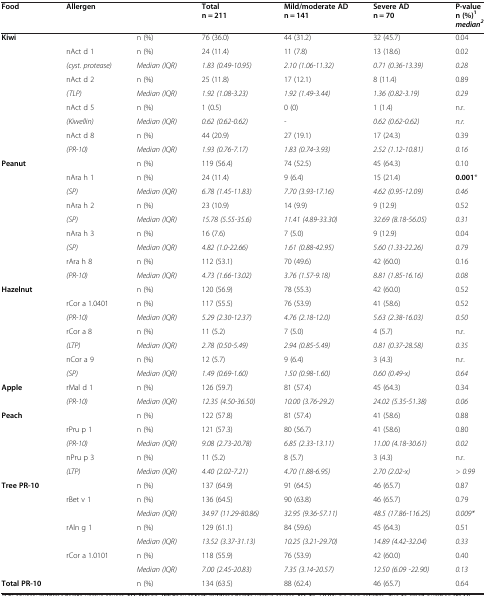
<table><thead><tr><td><b>Food</b></td><td><b>Allergen</b></td><td><b> </b></td><td><b>Total n = 211</b></td><td><b>Mild/moderate AD n = 141</b></td><td><b>Severe AD n = 70</b></td><td><b>P-value n (%)<sup>1 </sup><i>median</i><sup><i>2</i></sup></b></td></tr></thead><tbody><tr><td><b>Kiwi</b></td><td> </td><td>n (%)</td><td>76 (36.0)</td><td>44 (31.2)</td><td>32 (45.7)</td><td>0.04</td></tr><tr><td rowspan="2"> </td><td>nAct d 1</td><td>n (%)</td><td>24 (11.4)</td><td>11 (7.8)</td><td>13 (18.6)</td><td>0.02</td></tr><tr><td><i>(cyst. protease)</i></td><td><i>Median (IQR)</i></td><td><i>1.83 (0.49-10.95)</i></td><td><i>2.10 (1.06-11.32)</i></td><td><i>0.71 (0.36-13.39)</i></td><td><i>0.28</i></td></tr><tr><td rowspan="2"> </td><td>nAct d 2</td><td>n (%)</td><td>25 (11.8)</td><td>17 (12.1)</td><td>8 (11.4)</td><td>0.89</td></tr><tr><td><i>(TLP)</i></td><td><i>Median (IQR)</i></td><td><i>1.92 (1.08-3.23)</i></td><td><i>1.92 (1.49-3.44)</i></td><td><i>1.36 (0.82-3.19)</i></td><td><i>0.29</i></td></tr><tr><td rowspan="2"> </td><td>nAct d 5</td><td>n (%)</td><td>1 (0.5)</td><td>0 (0)</td><td>1 (1.4)</td><td>n.r.</td></tr><tr><td><i>(Kiwellin)</i></td><td><i>Median (IQR)</i></td><td><i>0.62 (0.62-0.62)</i></td><td><i>-</i></td><td><i>0.62 (0.62-0.62)</i></td><td><i>n.r.</i></td></tr><tr><td rowspan="2"> </td><td>nAct d 8</td><td>n (%)</td><td>44 (20.9)</td><td>27 (19.1)</td><td>17 (24.3)</td><td>0.39</td></tr><tr><td><i>(PR-10)</i></td><td><i>Median (IQR)</i></td><td><i>1.93 (0.76-7.17)</i></td><td><i>1.83 (0.74-3.93)</i></td><td><i>2.52 (1.12-10.81)</i></td><td><i>0.16</i></td></tr><tr><td><b>Peanut</b></td><td> </td><td>n (%)</td><td>119 (56.4)</td><td>74 (52.5)</td><td>45 (64.3)</td><td>0.10</td></tr><tr><td rowspan="2"> </td><td>nAra h 1</td><td>n (%)</td><td>24 (11.4)</td><td>9 (6.4)</td><td>15 (21.4)</td><td><b>0.001</b>*</td></tr><tr><td><i>(SP)</i></td><td><i>Median (IQR)</i></td><td><i>6.78 (1.45-11.83)</i></td><td><i>7.70 (3.93-17.16)</i></td><td><i>4.62 (0.95-12.09)</i></td><td><i>0.46</i></td></tr><tr><td rowspan="2"> </td><td>nAra h 2</td><td>n (%)</td><td>23 (10.9)</td><td>14 (9.9)</td><td>9 (12.9)</td><td>0.52</td></tr><tr><td><i>(SP)</i></td><td><i>Median (IQR)</i></td><td><i>15.78 (5.55-35.6)</i></td><td><i>11.41 (4.89-33.30)</i></td><td><i>32.69 (8.18-56.05)</i></td><td><i>0.31</i></td></tr><tr><td rowspan="2"> </td><td>nAra h 3</td><td>n (%)</td><td>16 (7.6)</td><td>7 (5.0)</td><td>9 (12.9)</td><td>0.04</td></tr><tr><td><i>(SP)</i></td><td><i>Median (IQR)</i></td><td><i>4.82 (1.0-22.66)</i></td><td><i>1.61 (0.88-42.95)</i></td><td><i>5.60 (1.33-22.26)</i></td><td><i>0.79</i></td></tr><tr><td rowspan="2"> </td><td>rAra h 8</td><td>n (%)</td><td>112 (53.1)</td><td>70 (49.6)</td><td>42 (60.0)</td><td>0.16</td></tr><tr><td><i>(PR-10)</i></td><td><i>Median (IQR)</i></td><td><i>4.73 (1.66-13.02)</i></td><td><i>3.76 (1.57-9.18)</i></td><td><i>8.81 (1.85-16.16)</i></td><td><i>0.08</i></td></tr><tr><td><b>Hazelnut</b></td><td> </td><td>n (%)</td><td>120 (56.9)</td><td>78 (55.3)</td><td>42 (60.0)</td><td>0.52</td></tr><tr><td rowspan="2"> </td><td>rCor a 1.0401</td><td>n (%)</td><td>117 (55.5)</td><td>76 (53.9)</td><td>41 (58.6)</td><td>0.52</td></tr><tr><td><i>(PR-10)</i></td><td><i>Median (IQR)</i></td><td><i>5.29 (2.30-12.37)</i></td><td><i>4.76 (2.18-12.0)</i></td><td><i>5.63 (2.38-16.03)</i></td><td><i>0.50</i></td></tr><tr><td rowspan="2"> </td><td>rCor a 8</td><td>n (%)</td><td>11 (5.2)</td><td>7 (5.0)</td><td>4 (5.7)</td><td>n.r.</td></tr><tr><td><i>(LTP)</i></td><td><i>Median (IQR)</i></td><td><i>2.78 (0.50-5.49)</i></td><td><i>2.94 (0.85-5.49)</i></td><td><i>0.81 (0.37-28.58)</i></td><td><i>0.35</i></td></tr><tr><td rowspan="2"> </td><td>nCor a 9</td><td>n (%)</td><td>12 (5.7)</td><td>9 (6.4)</td><td>3 (4.3)</td><td>n.r.</td></tr><tr><td><i>(SP)</i></td><td><i>Median (IQR)</i></td><td><i>1.49 (0.69-1.60)</i></td><td><i>1.50 (0.98-1.60)</i></td><td><i>0.60 (0.49-x)</i></td><td><i>0.64</i></td></tr><tr><td rowspan="2"><b>Apple</b></td><td>rMal d 1</td><td>n (%)</td><td>126 (59.7)</td><td>81 (57.4)</td><td>45 (64.3)</td><td>0.34</td></tr><tr><td><i>(PR-10)</i></td><td><i>Median (IQR)</i></td><td><i>12.35 (4.50-36.50)</i></td><td><i>10.00 (3.76-29.2)</i></td><td><i>24.02 (5.35-51.38)</i></td><td><i>0.06</i></td></tr><tr><td><b>Peach</b></td><td> </td><td>n (%)</td><td>122 (57.8)</td><td>81 (57.4)</td><td>41 (58.6)</td><td>0.88</td></tr><tr><td rowspan="2"> </td><td>rPru p 1</td><td>n (%)</td><td>121 (57.3)</td><td>80 (56.7)</td><td>41 (58.6)</td><td>0.80</td></tr><tr><td><i>(PR-10)</i></td><td><i>Median (IQR)</i></td><td><i>9.08 (2.73-20.78)</i></td><td><i>6.85 (2.33-13.11)</i></td><td><i>11.00 (4.18-30.61)</i></td><td><i>0.02</i></td></tr><tr><td rowspan="2"> </td><td>nPru p 3</td><td>n (%)</td><td>11 (5.2)</td><td>8 (5.7)</td><td>3 (4.3)</td><td>n.r.</td></tr><tr><td><i>(LTP)</i></td><td><i>Median (IQR)</i></td><td><i>4.40 (2.02-7.21)</i></td><td><i>4.70 (1.88-6.95)</i></td><td><i>2.70 (2.02-x)</i></td><td><i>&gt; 0.99</i></td></tr><tr><td><b>Tree PR-10</b></td><td> </td><td>n (%)</td><td>137 (64.9)</td><td>91 (64.5)</td><td>46 (65.7)</td><td>0.87</td></tr><tr><td rowspan="6"> </td><td rowspan="2">rBet v 1</td><td>n (%)</td><td>136 (64.5)</td><td>90 (63.8)</td><td>46 (65.7)</td><td>0.79</td></tr><tr><td><i>Median (IQR)</i></td><td><i>34.97 (11.29-80.86)</i></td><td><i>32.95 (9.36-57.11)</i></td><td><i>48.5 (17.86-116.25)</i></td><td><i>0.009*</i></td></tr><tr><td rowspan="2">rAln g 1</td><td>n (%)</td><td>129 (61.1)</td><td>84 (59.6)</td><td>45 (64.3)</td><td>0.51</td></tr><tr><td><i>Median (IQR)</i></td><td><i>13.52 (3.37-31.13)</i></td><td><i>10.25 (3.21-29.70)</i></td><td><i>14.89 (4.42-32.04)</i></td><td><i>0.33</i></td></tr><tr><td rowspan="2">rCor a 1.0101</td><td>n (%)</td><td>118 (55.9)</td><td>76 (53.9)</td><td>42 (60.0)</td><td>0.40</td></tr><tr><td><i>Median (IQR)</i></td><td><i>7.00 (2.45-20.83)</i></td><td><i>7.35 (3.14-20.57)</i></td><td><i>12.50 (6.09 -22.90)</i></td><td><i>0.13</i></td></tr><tr><td><b>Total PR-10</b></td><td> </td><td>n (%)</td><td>134 (63.5)</td><td>88 (62.4)</td><td>46 (65.7)</td><td>0.64</td></tr></tbody></table>